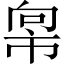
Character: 𫷇